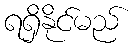
ရရှိနိုင်မည်